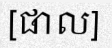
[ផាល]